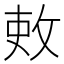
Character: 𫾫